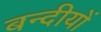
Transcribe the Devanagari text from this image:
बन्दीयों